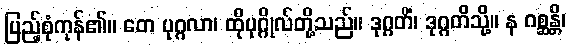
ပြည့်စုံကုန်၏။ တေ ပုဂ္ဂလာ၊ ထိုပုဂ္ဂိုလ်တို့သည်။ ဒုဂ္ဂတိံ၊ ဒုဂ္ဂတိသို့။ န ဂစ္ဆန္တိ၊